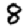
Digit: 8